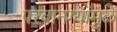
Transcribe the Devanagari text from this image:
परवानग्यांमुळे